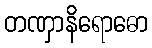
တဏှာနိရောဓော